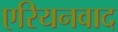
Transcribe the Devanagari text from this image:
एरियनवाद